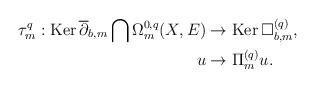
LaTeX: \begin{align*}\tau^q_m:\mathrm{Ker\,}\overline\partial_{b,m}\bigcap\Omega^{0,q}_m(X,E)&\rightarrow\mathrm{Ker\,}\Box^{(q)}_{b,m}, \\u&\rightarrow\Pi^{(q)}_mu.\end{align*}